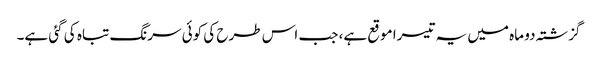
گزشتہ دو ماہ میں یہ تیسرا موقع ہے، جب اس طرح کی کوئی سرنگ تباہ کی گئی ہے۔